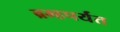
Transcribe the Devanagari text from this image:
ब्रम्हपर्यंत